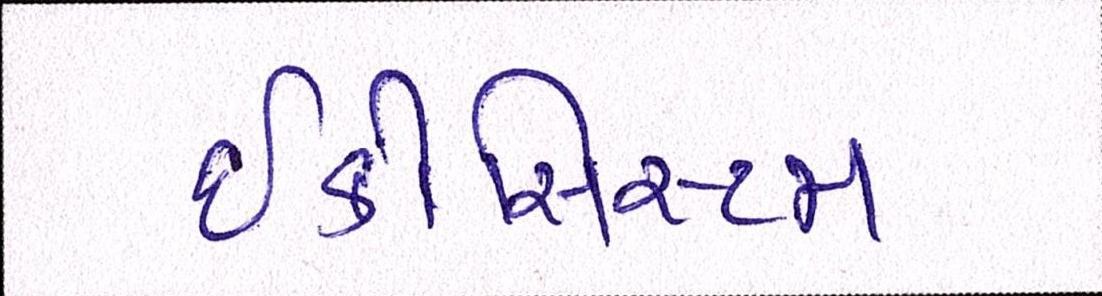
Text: ઇકોસિસ્ટમ